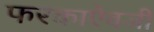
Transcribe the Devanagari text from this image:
फरकाऐवजी